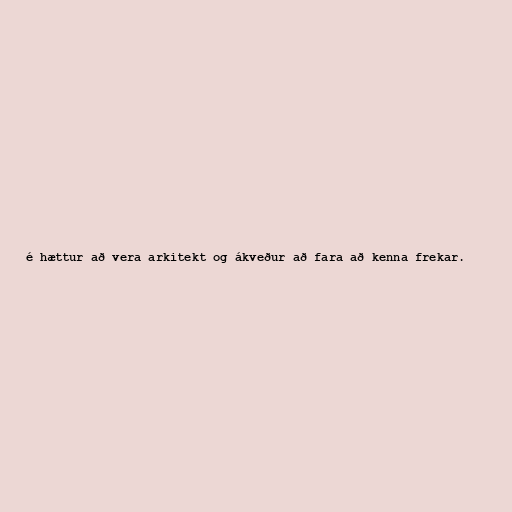
é hættur að vera arkitekt og ákveður að fara að kenna frekar.